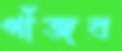
গাঁজব